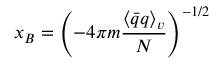
x _ { B } = \left( - 4 \pi m \frac { \langle \bar { q } q \rangle _ { v } } { N } \right) ^ { - 1 / 2 }